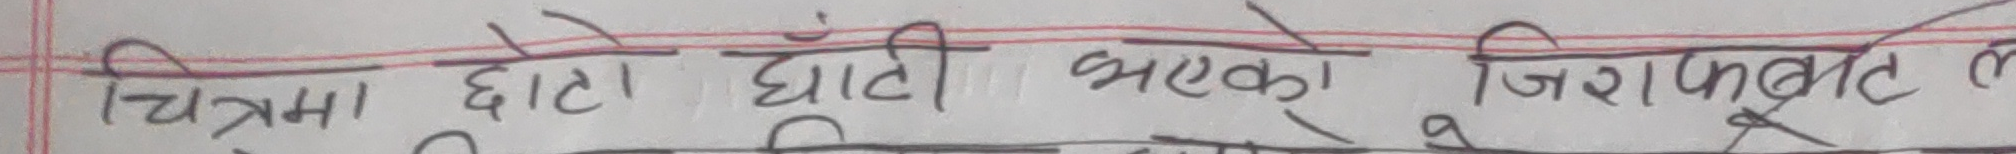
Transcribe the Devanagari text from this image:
चित्रमा छोटो घाँटी भएको जिराफलाई